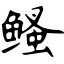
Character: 鳋